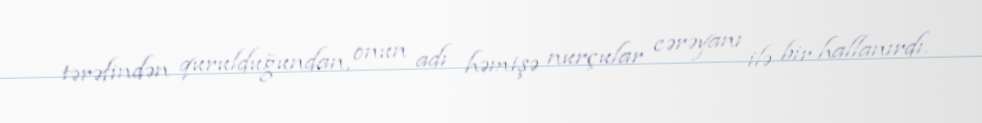
tərəfindən qurulduğundan, onun adı həmişə nurçular cərəyanı ilə bir hallanırdı.